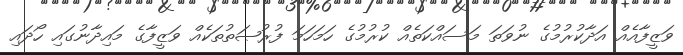
ވަޒީފާއެއް އަދާކުރުމުގެ ނުވަތަ މަސައްކަތެއް ކުރުމުގެ ހަމަހަމަ ފުރުޞަތުތަކެއް ވަޒީފާގެ މައިދާނުގައި ހޯދައި